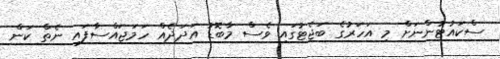
ސްކައުޓުންނަށް މި އަހަރުގެ ބަޖެޓުގައި ވެސް މާބޮޑު އަދަދެއް ހަމަޖައްސާފައި ނެތް ކަން